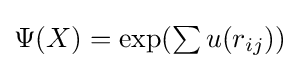
{\textstyle \Psi (X)=\exp(\sum {u(r_{ij})})}